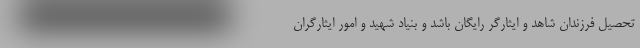
تحصیل فرزندان شاهد و ایثارگر رایگان باشد و بنیاد شهید و امور ایثارگران